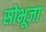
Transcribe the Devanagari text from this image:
सोभूजा